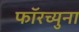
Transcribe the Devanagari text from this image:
फॉरच्युना